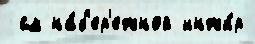
 см на́б'ер'ежной инжи́р